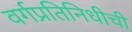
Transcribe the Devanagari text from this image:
वर्गप्रतिनिधीची